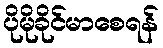
ပိုမိုခိုင်မာစေရန်